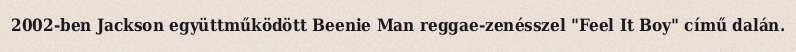
2002-ben Jackson együttműködött Beenie Man reggae-zenésszel "Feel It Boy" című dalán.